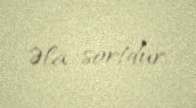
Əla sortdur.